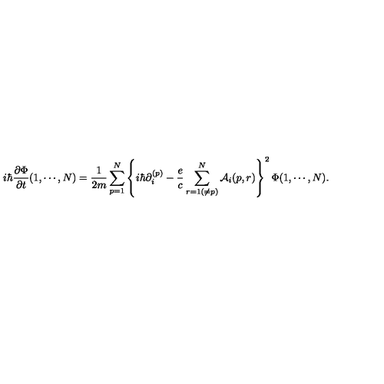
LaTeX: i \hbar { \frac { \partial \Phi } { \partial t } } ( 1 , \cdots , N ) = { \frac { 1 } { 2 m } } \sum _ { p = 1 } ^ { N } \left\{ i \hbar \partial _ { i } ^ { ( p ) } - { \frac { e } { c } } \sum _ { r = 1 ( \ne p ) } ^ { N } { \cal A } _ { i } ( p , r ) \right\} ^ { 2 } \Phi ( 1 , \cdots , N ) .